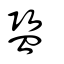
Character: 譼